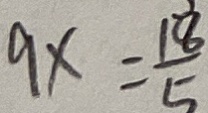
9 x = \frac { 1 8 } { 5 }